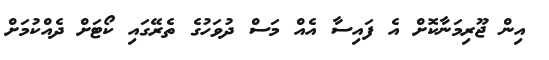
އިން ޖޫރިމަނާކޮށް އެ ފައިސާ އެއް މަސް ދުވަހުގެ ތެރޭގައި ކޯޓަށް ދެއްކުމަށް